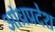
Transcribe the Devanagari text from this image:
अांध्रप्रदेश